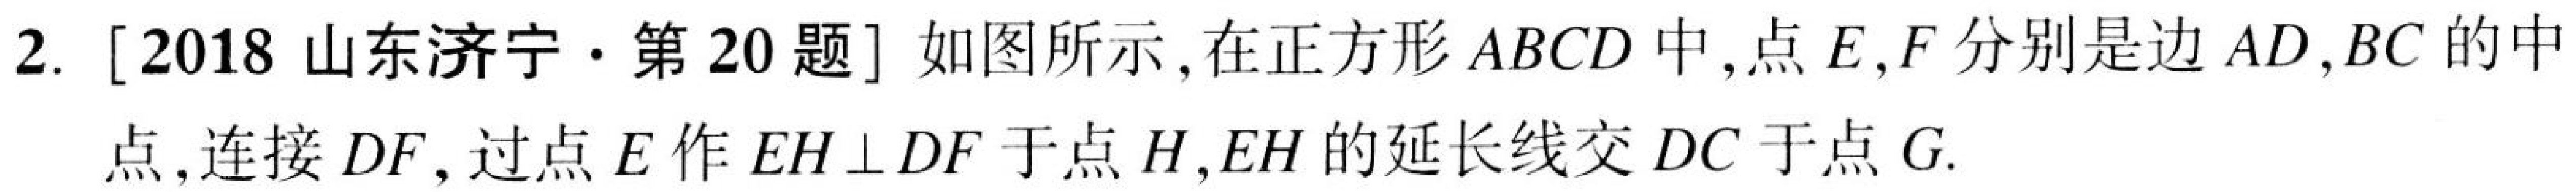
2. [2018山东济宁·第20题] 如图所示，在正方形\(ABCD\)中，点\(E,F\)分别是边\(AD,BC\)的中点，连接\(DF\)，过点\(E\)作\(EH\perp DF\)于点\(H\)，\(EH\)的延长线交\(DC\)于点\(G\).